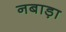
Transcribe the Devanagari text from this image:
नबाड़ा